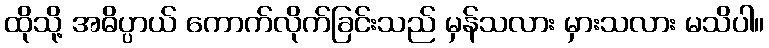
ထိုသို့ အဓိပ္ပာယ် ကောက်လိုက်ခြင်းသည် မှန်သလား မှားသလား မသိပါ။